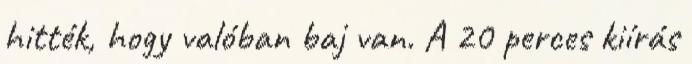
hitték, hogy valóban baj van. A 20 perces kiírás